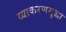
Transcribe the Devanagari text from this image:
व्याकरणसुद्धा